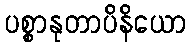
ပစ္စာနုတာပိနိယော